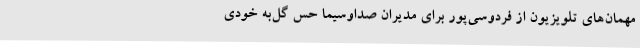
مهمان‌های تلویزیون از فردوسی‌پور برای مدیران صداوسیما حس گل‌به خودی